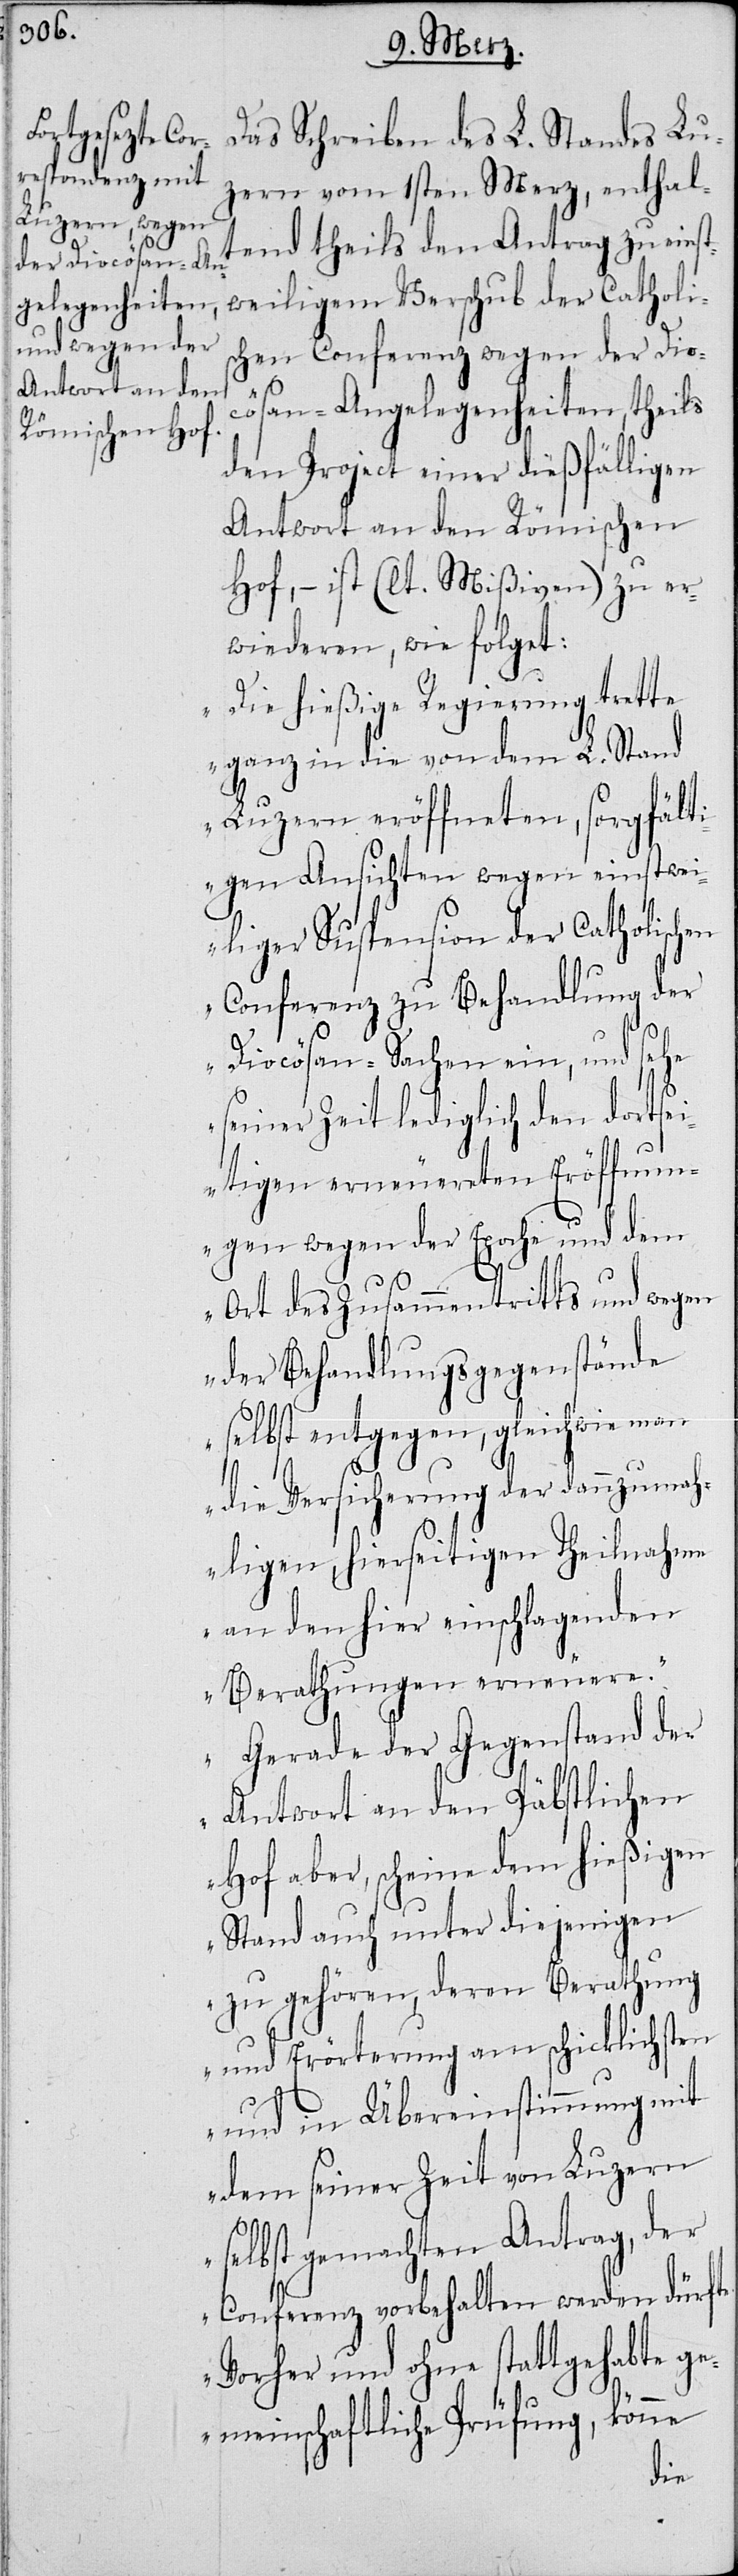
Das Schreiben des L. Standes Lu¬
zern vom 1sten Merz, enthal¬
tend theils den Antrag zu einst¬
weiligem Verschub der Catholis¬
chen Conferenz wegen der Dio¬
cösan-Angelegenheiten, theils
den Project einer dießfälligen
Antwort an den Römischen
Hof, – ist (lt. MIßiven) zu er¬
wiederen wie folgt:
„Die hießige Regierung trette
ganz in die von dem L. Stand
Luzern eröffneten, sorgfält¬
igen Ansichten wegen einstwei¬
liger Suspension der Catholischen
Conferenz zu Behandlung der
Diocösan-Sachen ein, und sehe
seiner Zeit lediglich den dortsei¬
tigen erneuereten Eröffnun¬
gen wegen der Epoche und dem
Ort des Zusammentritts und wegen
der Behandlungsgegenstände
selbst entgegen, gleichwie man
die Versicherung der dannzumah¬
ligen, hierseitigen Theilnahme
an den hier einschlagenden
Berathungen erneuere.
Gerade der Gegenstand der
Antwort an den Päbstlichen
Hof aber, scheine dem hießigen
Stand auch unter diejenigen
zu gehören, deren Berathung
und Erörterung am schicklichsten
und in Übereinstimmung mit
dem seiner Zeit von Luzern
selbst gemachten Antrag, der
Conferenz vorbehalten werden dürfte.
Vorher und ohne statt gehabte ge¬
meinschaftliche Prüfung, könne